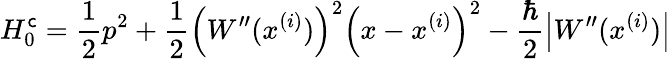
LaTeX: H_{0}^{\mathsf{c}}=\frac{{1}}{{2}}p^{2}+\frac{{1}}{{2}}\left(W^{\prime\prime}(x^{(i)})\right)^{2}\left(x-x^{(i)}\right)^{2}-\frac{{\hbar}}{{2}}\left|W^{\prime\prime}(x^{(i)})\right|